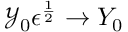
\mathcal { Y } _ { 0 } \epsilon ^ { \frac { 1 } { 2 } } \rightarrow Y _ { 0 }